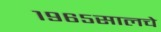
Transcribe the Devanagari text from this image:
१९६५सालचे